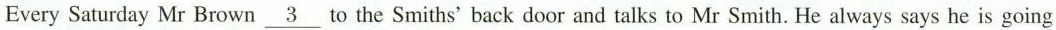
Every Saturday Mr Brown\underline{字3}to the Smiths' back door and talks to Mr Smith.He always says he is going